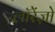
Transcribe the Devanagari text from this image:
लॉरेंज़ो